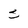
Character: 5